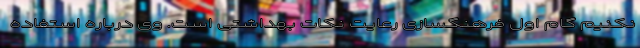
نکنیم گام اول فرهنگسازی رعایت نکات بهداشتی است. وی درباره استفاده